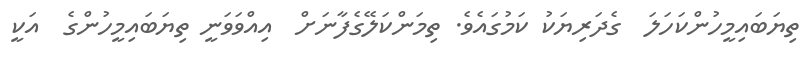
ތިޔަބައިމީހުންކަހަލަ  ގެދަރިޔަކު ކަމުގައެވެ. ތިމަންކަލޭގެފާނަށް  އިއްވަވަނީ ތިޔަބައިމީހުންގެ  އަކީ